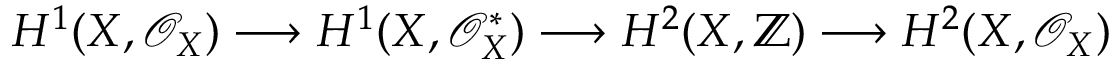
H ^ { 1 } ( X , { \mathcal { O } } _ { X } ) \longrightarrow H ^ { 1 } ( X , { \mathcal { O } } _ { X } ^ { * } ) \longrightarrow H ^ { 2 } ( X , \mathbb { Z } ) \longrightarrow H ^ { 2 } ( X , { \mathcal { O } } _ { X } )